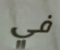
في